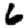
Digit: 6